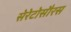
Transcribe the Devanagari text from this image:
सेरेटोसौरस